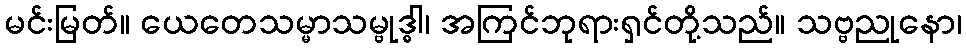
မင်းမြတ်။ ယေတေသမ္မာသမ္ဗုဒ္ဓါ၊ အကြင်ဘုရားရှင်တို့သည်။ သဗ္ဗညုနော၊